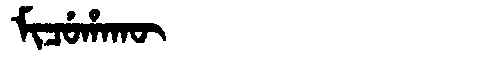
Manchu: ᠮᡳᠴᡠᡥᠠᡴᡡ
Romanization: MICUHAKŪ